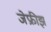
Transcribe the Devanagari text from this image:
जेफ्रीझ